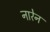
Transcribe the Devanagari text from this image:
नारेन